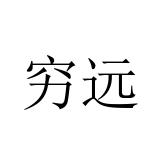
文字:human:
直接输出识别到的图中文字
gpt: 穷远